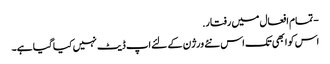
- تمام افعال میں رفتار.
اس کو ابھی تک اس نئے ورژن کے لئے اپ ڈیٹ نہیں کیا گیا ہے۔